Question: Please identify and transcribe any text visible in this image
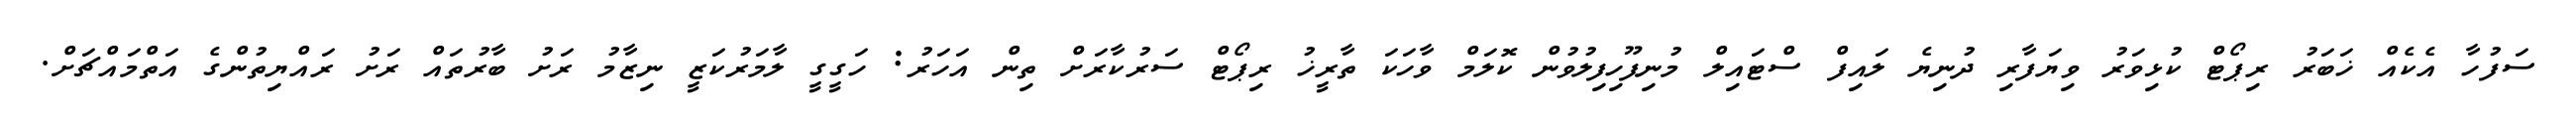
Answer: ސަފުހާ އެކެއް ޚަބަރު ރިޕޯޓް ކުޅިވަރު ވިޔަފާރި ދުނިޔެ ލައިފް ސްޓައިލް މުނިފޫހިފިލުވުން ކޮލަމް ވާހަކަ ތާރީޚު ރިޕޯޓް ސަރުކާރަށް ތިން އަހަރު: ހަގީގީ ލާމަރުކަޒީ ނިޒާމު ރަށު ބާރުތައް ރަށު ރައްޔިތުންގެ އަތްމައްޗަށް.